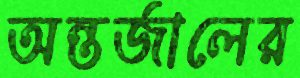
অন্তর্জালের